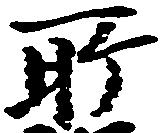
所